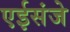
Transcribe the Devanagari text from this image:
एईसंजे